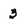
Character: 3